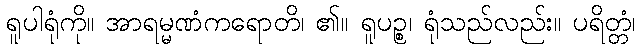
ရူပါရုံကို။ အာရမ္မဏံကရောတိ၊ ၏။ ရူပဉ္စ၊ ရုံသည်လည်း။ ပရိတ္တံ၊